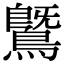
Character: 𪄵